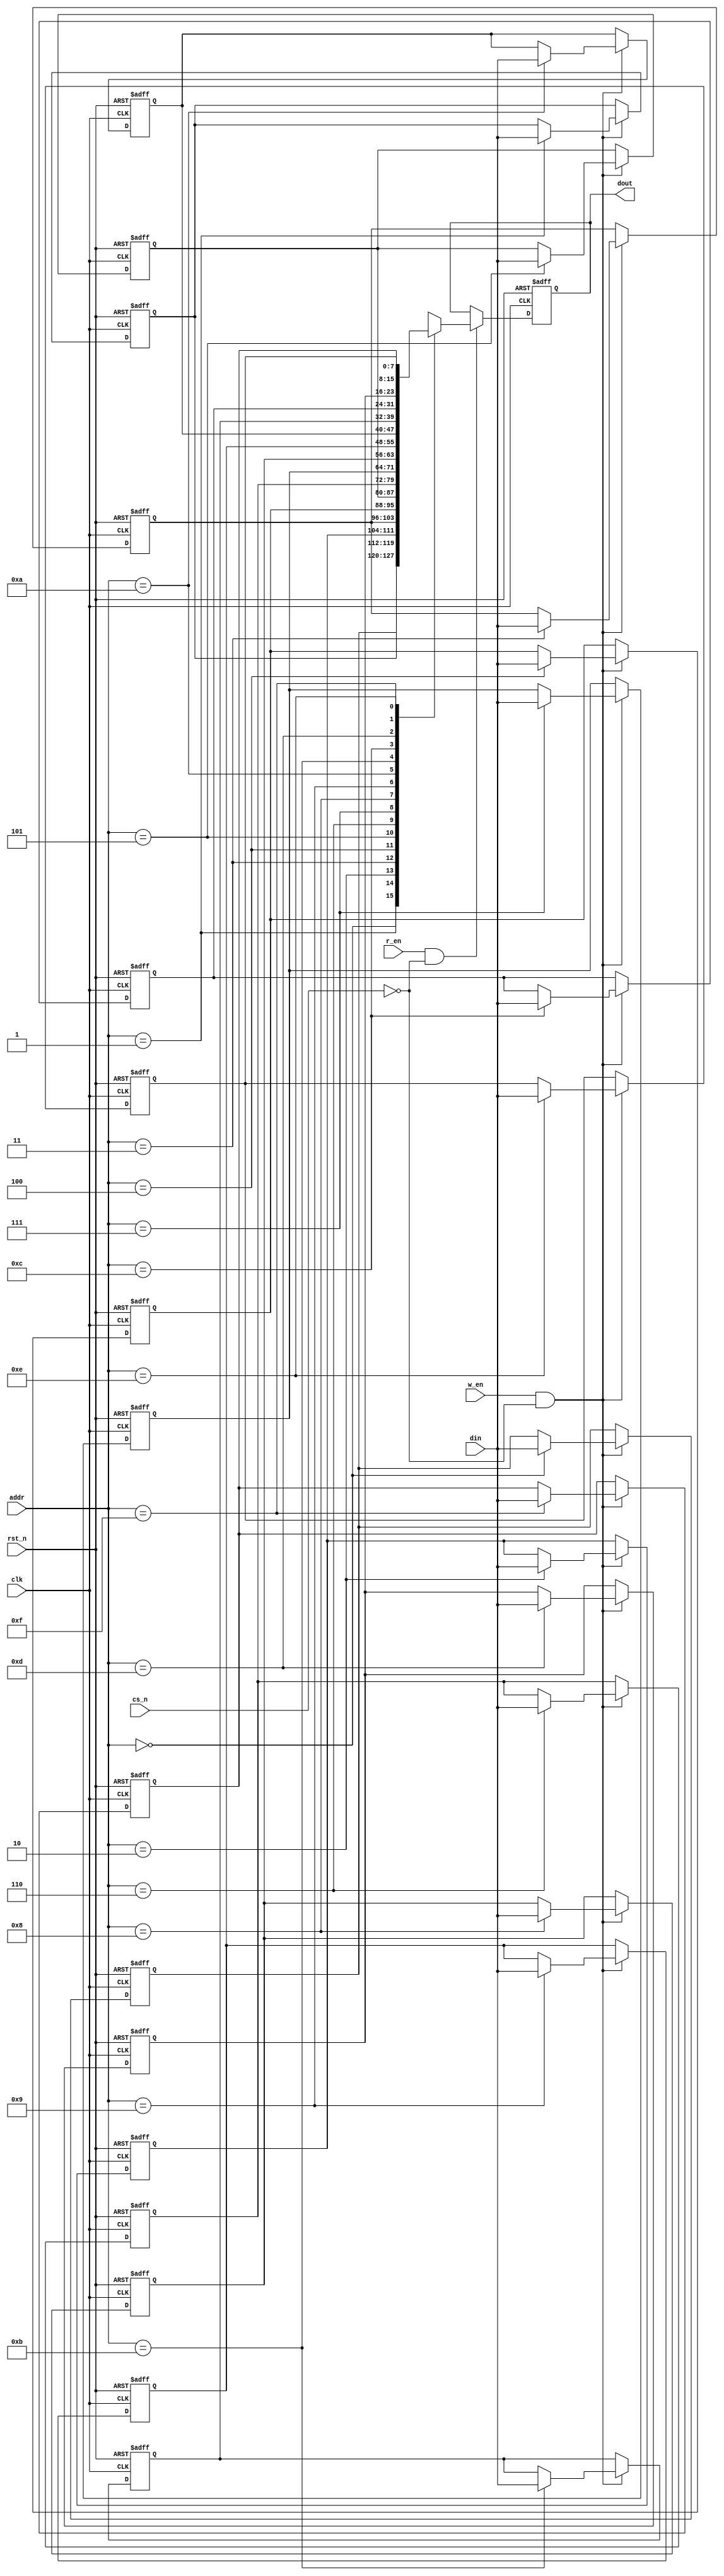
module sram #(
    parameter ADDR_DEPTH = 4,
    parameter DATA_WIDTH = 8,
    parameter DATA_DEPTH = 16
)(
    input clk,
    input rst_n,
    input cs_n,
    input w_en,
    input r_en,
    input [ADDR_DEPTH-1:0] addr,
    input [DATA_WIDTH-1:0] din,
    output reg [DATA_WIDTH-1:0] dout
);
    
    reg [DATA_WIDTH-1:0] mem [DATA_DEPTH-1:0];
    integer i;

    always @(posedge clk or negedge rst_n) begin
        if (rst_n == 1'b0) begin
            for (i = 0; i < DATA_DEPTH; i=i+1) begin
                mem[i] <= (1'b0 << (DATA_WIDTH-1));
            end
        end
        else if (w_en == 1'b1 && cs_n == 1'b0) begin
            mem[addr] <= din;
        end
    end

    always @(posedge clk or negedge rst_n) begin
        if (rst_n == 1'b0) begin
            dout <= (1'b0 << (DATA_WIDTH-1));
        end
        else if (r_en == 1'b1 && cs_n == 1'b0) begin
            dout <= mem[addr];
        end
        else begin
            dout <= dout;
        end
    end

endmodule